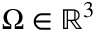
\Omega \in \mathbb { R } ^ { 3 }